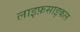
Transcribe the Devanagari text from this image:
लाइफ़साइकल